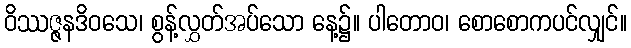
ဝိဿဇ္ဇနဒိဝသေ၊ စွန့်လွှတ်အပ်သော နေ့၌။ ပါတောဝ၊ စောစောကပင်လျှင်။